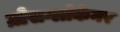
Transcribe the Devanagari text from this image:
ग्रोसग्लोकेनर